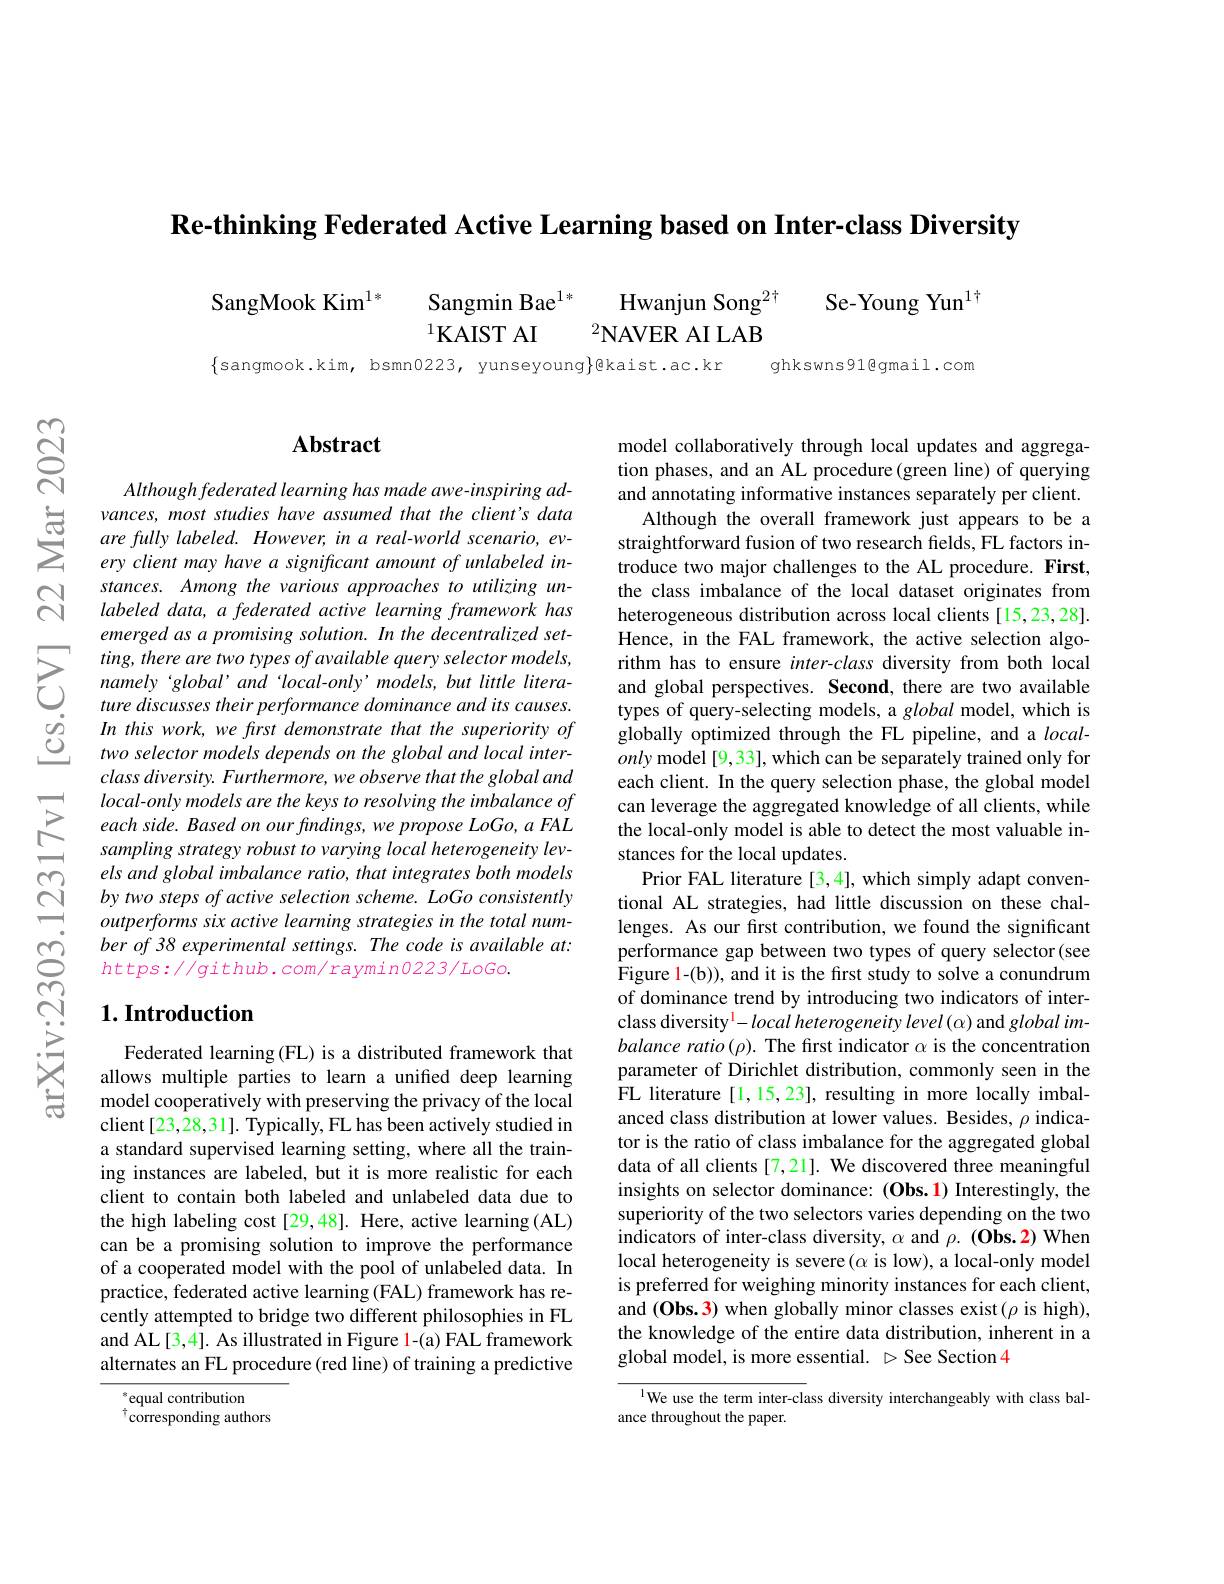
Re-thinking Federated Active Learning based on Inter-class Diversity

SangMook Kim$^{1*}$
Sangmin Bae$^{1*}$
Hwanjun Song$^{2\dagger}$
Se-Young Yun$^{1\dagger}$
$^{1}$KAIST AI
$^{2}$NAVER AI LAB

ghkswns91@gmail.com

$\{$sangmook.kim, bsmn0223, yunseyoung$\}$@kaist.ac.kr

### $\mathbf{Abstract}$

$Althoughfederated\textit{learning has made awe- inspiring ad- }$ vances, most studies have assumed that the client's data are fully labeled. However, in a real-world scenario, every client may have a significant amount of unlabeled instances. Among the various approaches to utilizing unlabeled data, a federated active learning framework has emerged as a promising solution. In the decentralized setting, there are two types of available query selector models, namely‘global’and‘local-only’models,but little literature discusses their performance dominance and its causes. In this work, we first demonstrate that the superiority of two selector models depends on the global and local inter- $classdiversity.Furthermore,weobservethattheglobaland$ local-only models are the keys to resolving the imbalance of each side. Based on our findings, we propose LoGo, a FAL sampling strategy robust to varying local heterogeneity levels and global imbalance ratio, that integrates both models by two steps of active selection scheme. LoGo consistently outperforms six active learning strategies in the total number of 38 experimental settings. The code is available at: $https://github.com/raymin0223/LoGo.$

## $1. \textbf{Introduction}$

Federated learning(FL) is a distributed framework that allows multiple parties to learn a unified deep learning model cooperatively with preserving the privacy of the local client[23,28,31]. Typically, FL has been actively studied in a standard supervised learning setting, where all the training instances are labeled, but it is more realistic for each client to contain both labeled and unlabeled data due to the high labeling cost [29,48]. Here, active learning (AL) can be a promising solution to improve the performance of a cooperated model with the pool of unlabeled data. In practice, federated active learning (FAL) framework has recently attempted to bridge two different philosophies in FL and AL[3,4]. As illustrated in Figure l-(a) FAL framework alternates an FL procedure (red line) of training a predictive

equal contribution
$^{\dagger}$corresponding authors

model collaboratively through local updates and aggregation phases, and an AL procedure(green line) of querying and annotating informative instances separately per client.
Although the overall framework just appears to be a straightforward fusion of two research felds, FL factors introduce two major challenges to the AL procedure. First, the class imbalance of the local dataset originates from heterogeneous distribution across local clients [15,23,28]. Hence, in the FAL framework, the active selection algorithm has to ensure inter-class diversity from both local and global perspectives. Second, there are two available types of query-selecting models, a global model, which is globally optimized through the FL pipeline, and a $local-$ only model [9,33], which can be separately trained only for each client. In the query selection phase, the global model can leverage the aggregated knowledge of all clients, while the local-only model is able to detect the most valuable instances for the local updates.
Prior FAL literature [3,4], which simply adapt conventional AL strategies, had little discussion on these challenges. As our first contribution, we found the significant performance gap between two types of query selector(see Figure l-(b)), and it is the first study to solve a conundrum of dominance trend by introducing two indicators of interclass diversity$^{1}- local$heterogeneitylevel$( \alpha )$ and global imbalance ratio ( $\rho).$ The first indicator $\alpha$ is the concentration parameter of Dirichlet distribution, commonly seen in the FL literature [1,15,23], resulting in more locally imbalanced class distribution at lower values. Besides, $\rho$ indicator is the ratio of class imbalance for the aggregated global data of all clients [7,21]. We discovered three meaningful insights on selector dominance: (Obs. 1) Interestingly, the superiority of the two selectors varies depending on the two indicators of inter-class diversity, $\alpha$ and $\rho.(\mathbf{Obs.2})$ When local heterogeneity is severe($\alpha$ is low), a local-only model is preferred for weighing minority instances for each client, and $(\mathbf{Obs.3})$ when globally minor classes exist$(\rho$ is high), the knowledge of the entire data distribution, inherent in a global model, is more essential. $\triangleright$See Section4

$^{\mathrm{l}}$We use the term inter-class diversity interchangeably with class bal-
ance throughout the paper.